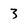
Character: 3